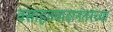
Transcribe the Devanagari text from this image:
वसाहतवादानंतरच्या